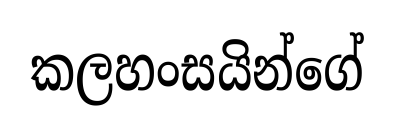
කලහංසයින්ගේ